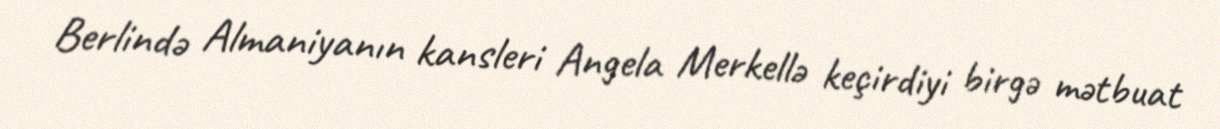
Berlində Almaniyanın kansleri Angela Merkellə keçirdiyi birgə mətbuat